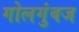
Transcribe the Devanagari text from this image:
गोलगुंबज